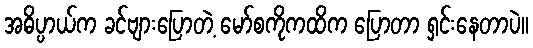
အဓိပ္ပာယ်က ခင်ဗျားပြောတဲ့ မော်စကိုကထိက ပြောတာ ရှင်းနေတာပဲ။